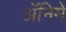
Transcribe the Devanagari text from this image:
ॲनिमे